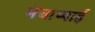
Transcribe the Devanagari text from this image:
मेचाप्पाई